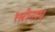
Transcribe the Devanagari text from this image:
१श्रीनाथ